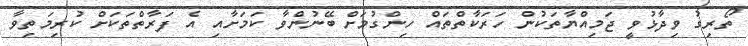
ތޯރިގު ވިދާޅުވީ ޖަމިއްޔާތަކުން ހަރަކާތްތައް ހިންގުމަށް ބޭނުންވާ ކަމަށާއި އެ ފަރާތްތަކަށް ކުރިމަތިވާ